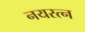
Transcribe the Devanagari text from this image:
नयरत्न